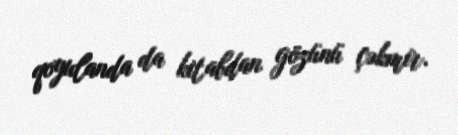
qoyulanda da kitabdan gözünü çəkmir.